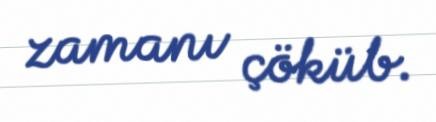
zamanı çöküb.